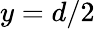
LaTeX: y=d/2